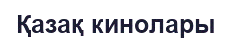
Қазақ кинолары